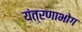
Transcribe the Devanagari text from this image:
यंत्रणाभोग